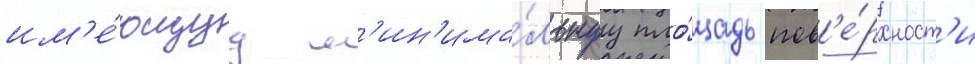
им'е́ющуу м'ин'има́льнуу пло́щадь пов'е́рхност'и